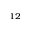
_ { 1 2 }